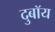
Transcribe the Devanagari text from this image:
दुबॉय